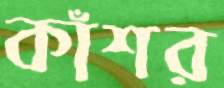
কাঁশর